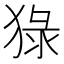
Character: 𤟘